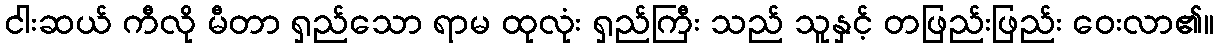
ငါးဆယ် ကီလို မီတာ ရှည်သော ရာမ ထုလုံး ရှည်ကြီး သည် သူနှင့် တဖြည်းဖြည်း ဝေးလာ၏။